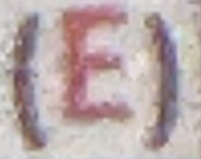
(E)